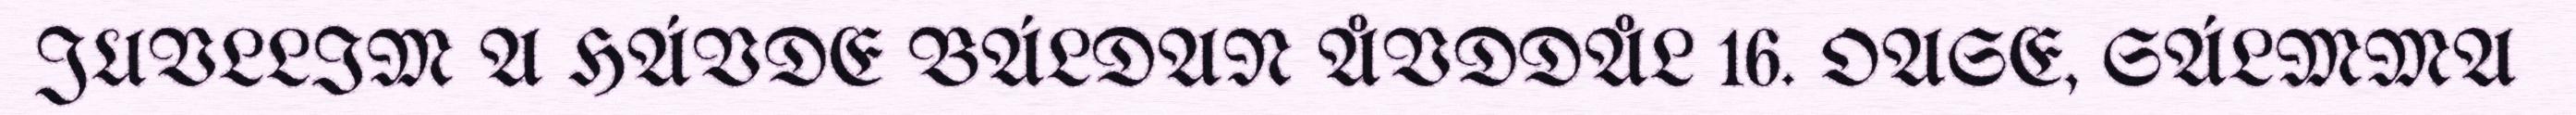
JUVLLIM A HÁVDE BÁLDAN ÅVDDÅL 16. OASE, SÁLMMA